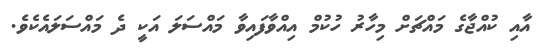
އާއި ކުއްޖާގެ މައްޗަށް މިހާރު ހުކުމް އިއްވާފައިވާ މައްސަލަ އަކީ ދެ މައްސަލައެކެވެ.